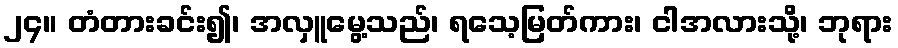
၂၄။ တံတားခင်း၍၊ အလှူမွေ့သည်၊ ရသေ့မြတ်ကား၊ ငါအလားသို့၊ ဘုရား